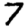
Digit: 7